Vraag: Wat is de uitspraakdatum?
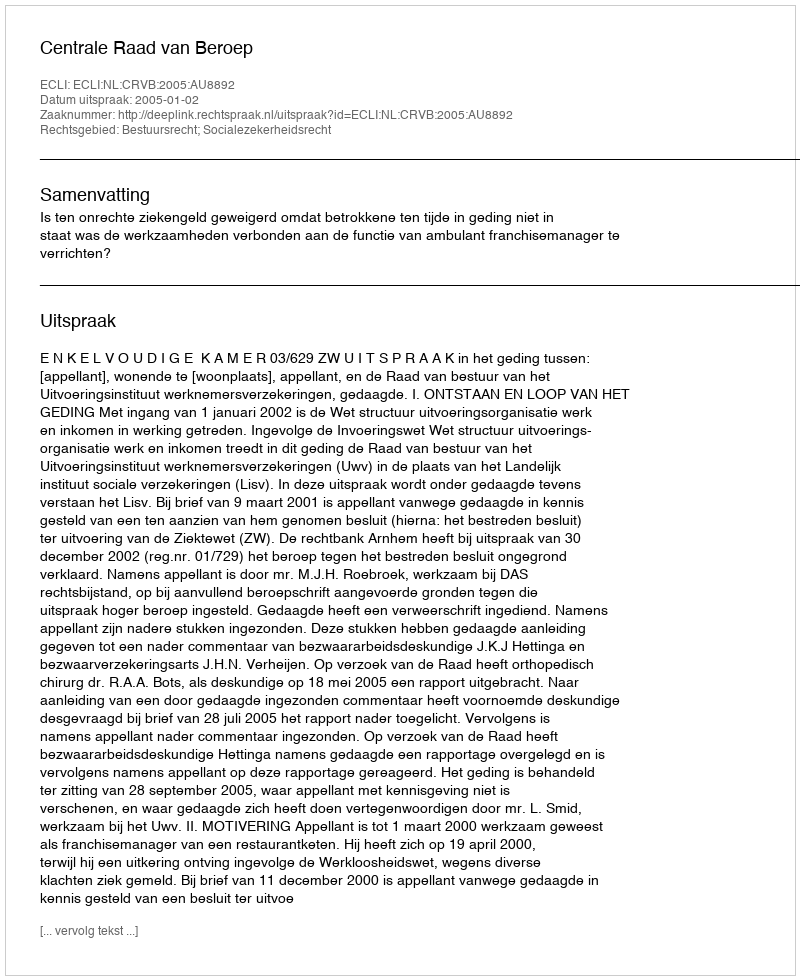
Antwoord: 2005-01-02